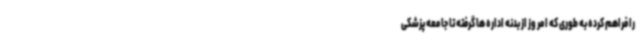
را فراهم کرده به طوری که امر وز از بدنه اداره ها گرفته تا جامعه پزشکی